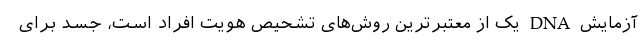
آزمایش DNA یک از معتبرترین روش‌های تشحیص هویت افراد است، جسد برای